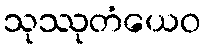
သုဿုတံယေဝ